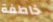
خاطفة